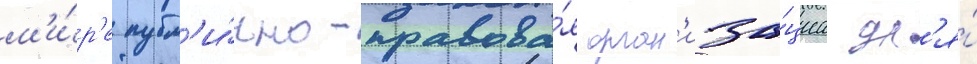
м'и́р'е публ'и́чно-правова́я орган'иза́циа дл'я́